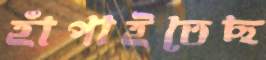
হাঁপাইতেছ